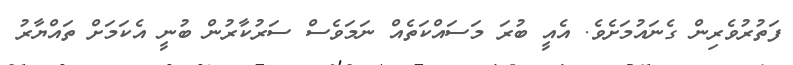
ފަތުރުވެރިން ގެނައުމަށެވެ. އެއީ ބުރަ މަސައްކަތެއް ނަމަވެސް ސަރުކާރުން ބުނީ އެކަމަށް ތައްޔާރު